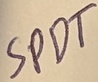
Text: SPDT